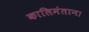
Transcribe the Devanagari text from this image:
कालिमंतान।